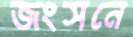
জংসনে